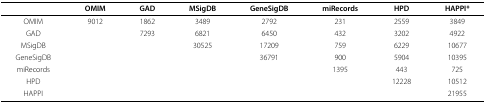
|  | OMIM | GAD | MSigDB | GeneSigDB | miRecords | HPD | HAPPI* |
 | --- | --- | --- | --- | --- | --- | --- | --- |
 | OMIM | 9012 | 1862 | 3489 | 2792 | 231 | 2559 | 3849 |
 | GAD |  | 7293 | 6821 | 6450 | 432 | 3202 | 4922 |
 | MSigDB |  |  | 30525 | 17209 | 759 | 6229 | 10677 |
 | GeneSigDB |  |  |  | 36791 | 900 | 5904 | 10395 |
 | miRecords |  |  |  |  | 1395 | 443 | 725 |
 | HPD |  |  |  |  |  | 12228 | 10512 |
 | HAPPI |  |  |  |  |  |  | 21955 |